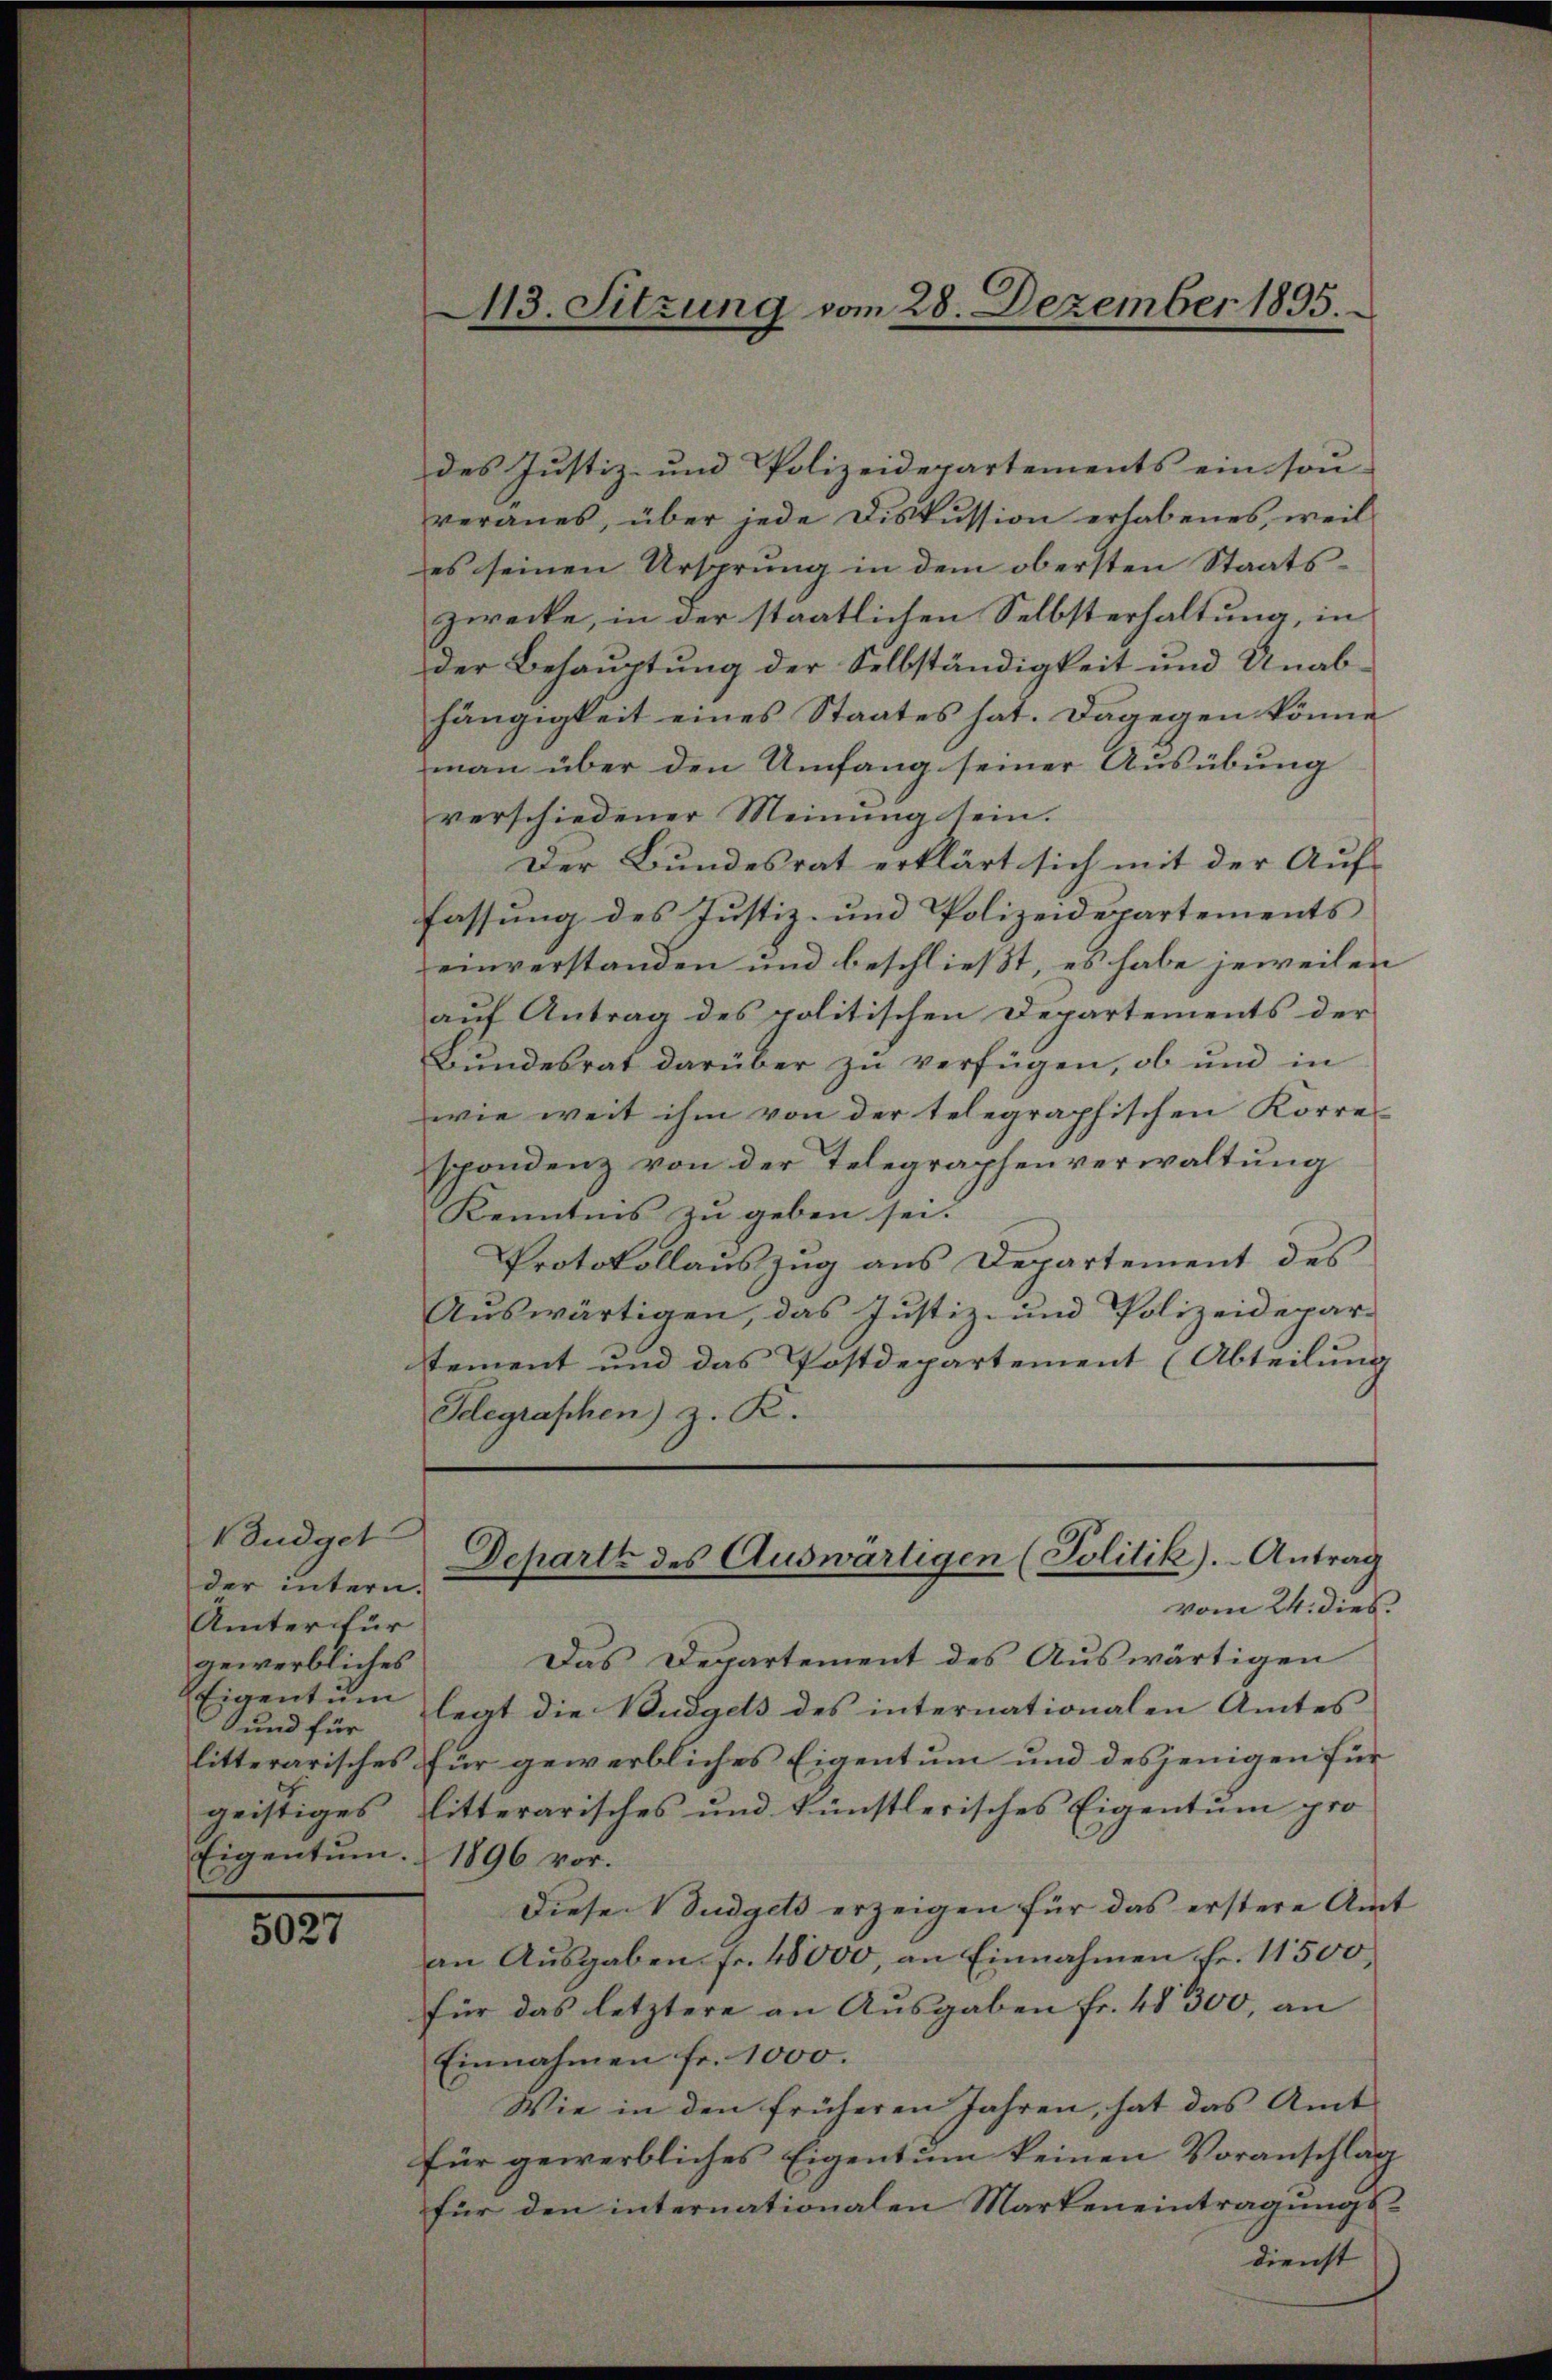
Budget
der intern.
Ämter für
gewerbliches
Eigentum
und für
litterarisches
geistiges
Eigentum.

5027

13. Sitzung vom 28. Dezember 1895.

des Justiz- und Polizeidepartements ein son-
veranes, über jede Diskussion erhabenes, weil
es seinen Ursprung in dem obersten Staatszwecke, in der staatlichen Selbsterhaltung, in
der Behauptung der Selbständigkeit und Unabhängigkeit eines Staates hat. Dagegen könne
man über den Umfang seiner Ausübung
verschiedener Meinung sein.
Der Bundesrat erklärt sich mit der Auf-
fassung des Justiz- und Polizeidepartements
einverstanden und beschließt, es habe jeweilen
auf Antrag des politischen Departements der
Bundesrat darüber zu verfügen, ob und in
wie weit ihm von der telegraphischen Korre-
spondenz von der Telegraphenverwaltung
Kenntnis zu geben sei.
Protokollauszug aus Departement des
Auswärtigen, das Justiz- und Polizeidepar-
tement und das Postdepartement (Abteilung
Telegraphen) z. K.

Departe des Auswärtigen (Politik).- Antrag

vom 24. dies
Das Departement des Auswärtigen
legt die Budgets des internationalen Amtes
für gewerbliches Eigentum und desjenigen für
litterarisches und künstlerisches Eigentum pro
1896 vor.
Diese Budgets erzeigen für das erstere Amt
an Ausgaben fr. 48000, an Einnahmen fr. 11500
für das letztere an Ausgaben fr. 48300, an
Einnahmen fr. 1000.
Wie in den früheren Jahren, hat das Amt
für gewerbliches Eigentum keinen Voranschlag
für den internationalen Markeneintragungsdienst